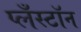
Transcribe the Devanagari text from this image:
प्लँस्टॉन